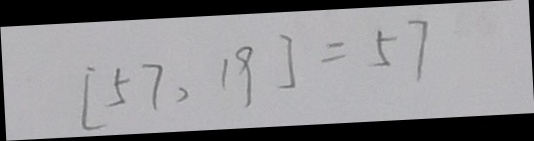
[ 5 7 , 1 9 ] = 5 7